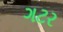
ગટર